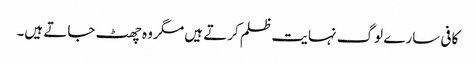
کافی سارے لوگ نہایت ظلم کرتے ہیں مگر وہ چھٹ جاتے ہیں۔